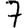
Digit: 7